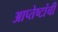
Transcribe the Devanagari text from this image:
आप्तेष्टांची